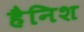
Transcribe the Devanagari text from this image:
हैनिश